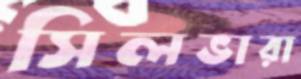
সিলভারা